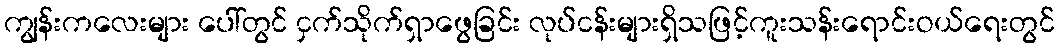
ကျွန်းကလေးများ ပေါ်တွင် ငှက်သိုက်ရှာဖွေခြင်း လုပ်ငန်းများရှိသဖြင့်ကူးသန်းရောင်းဝယ်ရေးတွင်